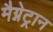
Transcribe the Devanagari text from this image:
मैग्नेट्रान